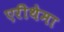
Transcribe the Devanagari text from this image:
एरीथेमा